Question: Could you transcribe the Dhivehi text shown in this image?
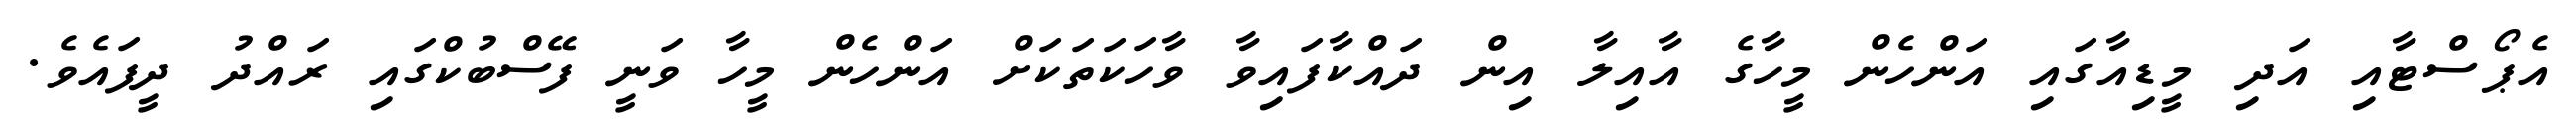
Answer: އެޕޯސްޓާއި އަދި މީޑިއާގައި އަންހެން މީހާގެ އާއިލާ އިން ދައްކާފައިވާ ވާހަކަތަކަށް އަންހެން މީހާ ވަނީ ފޭސްބުކްގައި ރައްދު ދީފައެވެ.